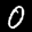
Label: 0